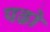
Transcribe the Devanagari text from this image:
पढो